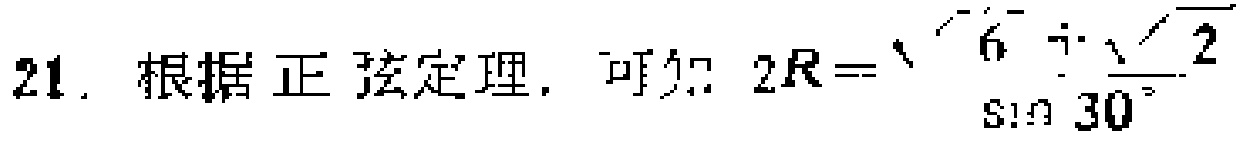
21. 根据正弦定理，可知 \(2R = \dfrac{\sqrt{6}}{\sin 30^{\circ}}\)